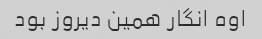
اوه انگار همین دیروز بود